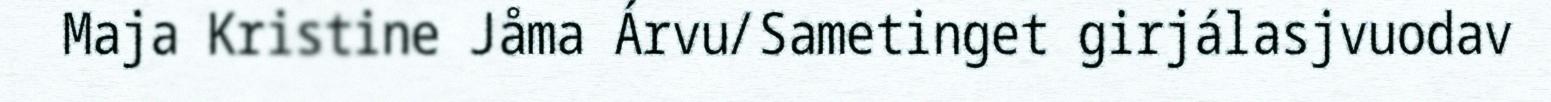
Maja Kristine Jåma Árvu/Sametinget girjálasjvuodav